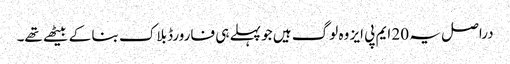
دراصل یہ 20 ایم پی ایز وہ لوگ ہیں جو پہلے ہی فارورڈ بلاک بنا کے بیٹھے تھے۔